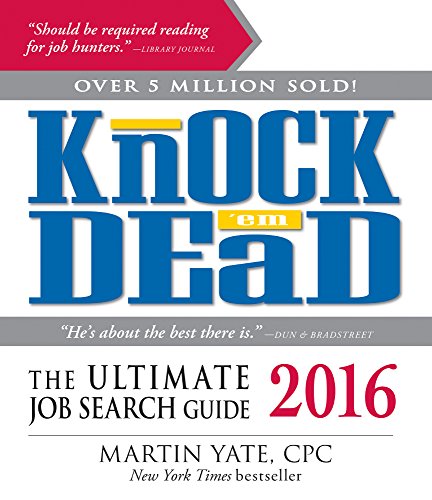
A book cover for Knock 'Em Dead 2016: The Ultimate Job Search Guide; Martin Yate CPC; Business & Money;